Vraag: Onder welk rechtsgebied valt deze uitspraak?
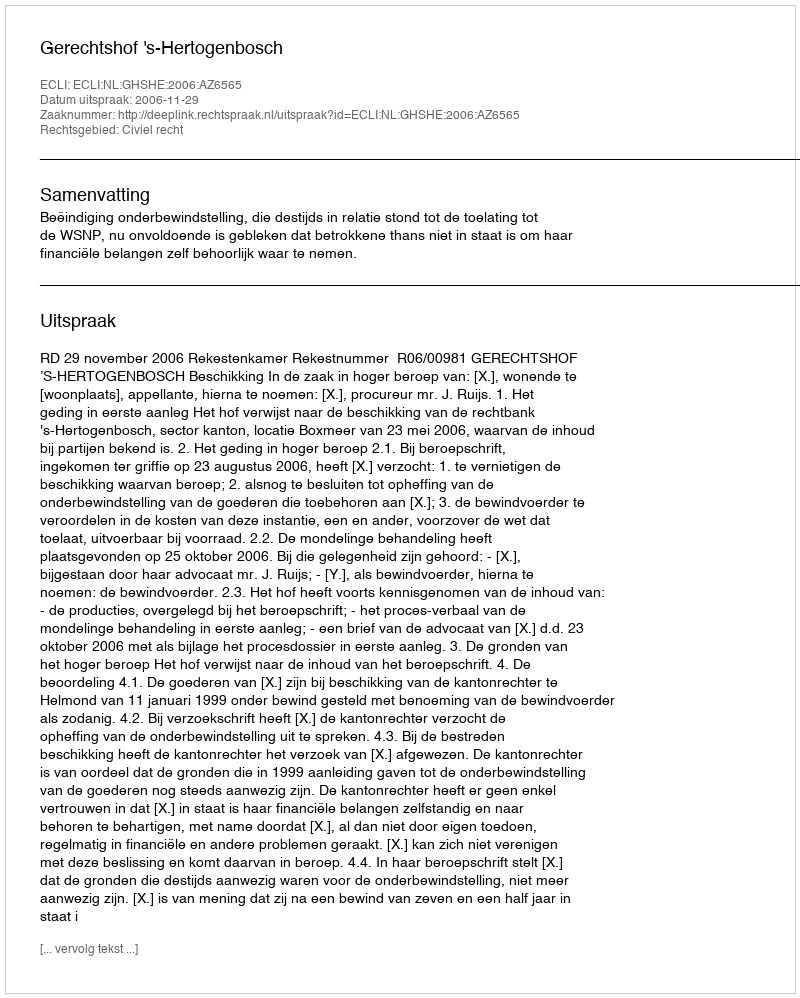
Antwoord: Civiel recht